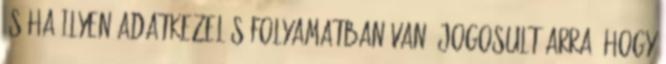
és ha ilyen adatkezelés folyamatban van, jogosult arra, hogy